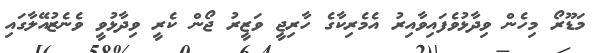
މަޑޫރޯ މިހެން ވިދާޅުވެފައިވާއިރު އެމެރިކާގެ ހާރިޖީ ވަޒީރު ޖޯން ކެރީ ވިދާޅުވީ ވެނެޒުއޭލާގައި